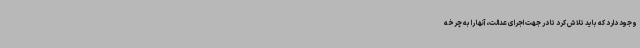
وجود دارد که باید تلاش کرد تا در جهت اجرای عدالت، آنها را به چرخه